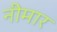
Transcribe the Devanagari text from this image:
नीमार